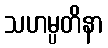
သဟမ္ပတိနာ